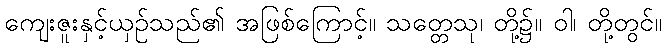
ကျေးဇူးနှင့်ယှဉ်သည်၏ အဖြစ်ကြောင့်။ သတ္တေသု၊ တို့၌။ ဝါ၊ တို့တွင်။